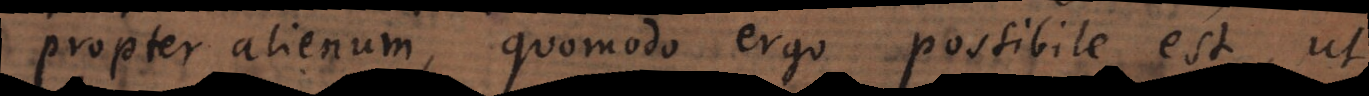
propter alienum, quomodo ergo possibile est, ut